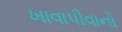
ખાવાપીવાનો